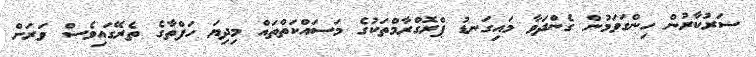
ސަރުކާރުން ހިންގަވަމުން ގެންދަވާ މައިގަނޑު ޕްރޮގްރާމްތަކުގެ މަސައްކަތްތައް މިދިޔަ ހަފްތާގެ ތެރޭގައިވެސް ވަރަށް